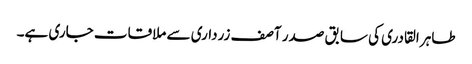
طاہر القادری کی سابق صدر آصف زرداری سے ملاقات جاری ہے۔